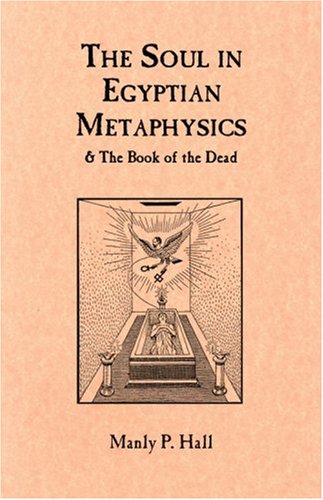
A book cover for The Soul in Egyptian Metaphysics and The Book of the Dead; Manly P. Hall; Religion & Spirituality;